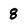
Character: 8